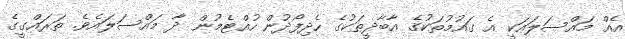
އެއް މައްސަލައަކީ އެ ގައުމުތަކުގެ އާބާދީތަކުގެ ހެދިފޯދުން ހުއްޓެމުން ދާ މައްސަލައެވެ. ތަރައްގީގެ